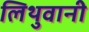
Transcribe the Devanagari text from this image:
लिथुवानी